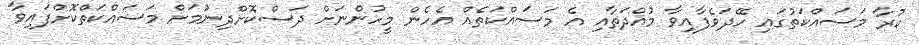
ކުރާ މަސައްކަތުގައި ހޭދަވެފާއިވާ މުއްދަތާއި އެ މަސައްކަތެއް އެހެން މީހުންނަށް ދަސްކޮށްދިނުމަށް މަސައްކަތްކޮށްފައިވާ